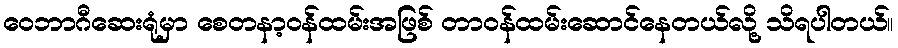
ဝေဘာဂီဆေးရုံမှာ စေတနာ့ဝန်ထမ်းအဖြစ် တာဝန်ထမ်းဆောင်နေတယ်လို့ သိရပါတယ်။